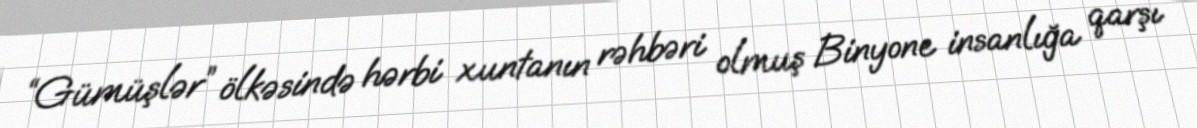
“Gümüşlər” ölkəsində hərbi xuntanın rəhbəri olmuş Binyone insanlığa qarşı